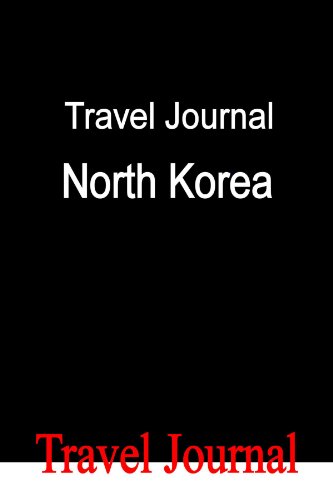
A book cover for Travel Journal North Korea; E Locken; Travel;